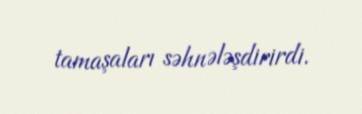
tamaşaları səhnələşdirirdi.